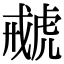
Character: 𧇑